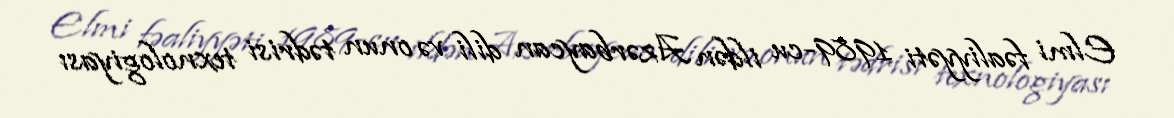
Elmi fəaliyyəti 1989-cu ildən Azərbaycan dili və onun tədrisi texnologiyası